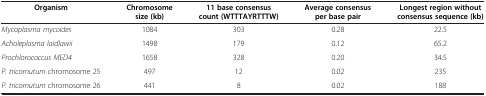
| Organism | Chromosome size (kb) | 11 base consensus count (WTTTAYRTTTW) | Average consensus per base pair | Longest region without consensus sequence (kb) |
 | --- | --- | --- | --- | --- |
 | Mycoplasma mycoides | 1084 | 303 | 0.28 | 22.5 |
 | Acholeplasma laidlawii | 1498 | 179 | 0.12 | 65.2 |
 | Prochlorococcus MED4 | 1658 | 328 | 0.20 | 34.5 |
 | P. tricornutum chromosome 25 | 497 | 12 | 0.02 | 235 |
 | P. tricornutum chromosome 26 | 441 | 8 | 0.02 | 188 |